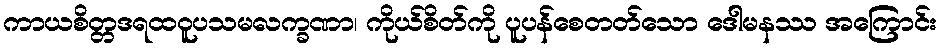
ကာယစိတ္တဒရထဝူပသမလက္ခဏာ၊ ကိုယ်စိတ်ကို ပူပန်စေတတ်သော ဒေါမနဿ အကြောင်း